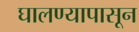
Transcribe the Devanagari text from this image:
घालण्यापासून